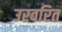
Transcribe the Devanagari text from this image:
उरवरित